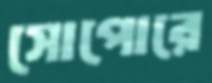
সোপোরে